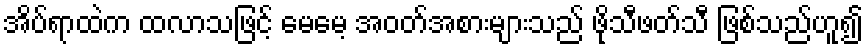
အိပ်ရာထဲက ထလာသဖြင့် မေမေ့ အဝတ်အစားများသည် ဖိုသီဖတ်သီ ဖြစ်သည်ဟူ၍